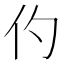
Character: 仢